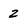
Character: 2